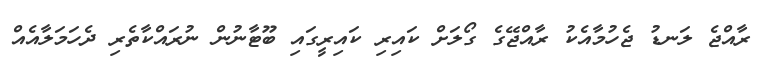
ރާއްޖެ ލަނޑު ޖެހުމާއެކު ރާއްޖޭގެ ގޯލަށް ކައިރި ކައިރީގައި ބޫޓާނުން ނުރައްކާތެރި ދެހަމަލާއެއް